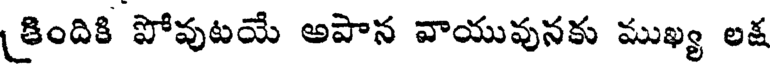
కిందికి పోవుటయే అపాన వాయువునకు ముఖ్య లక్ష